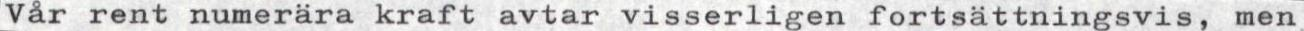
Vår rent numerära kraft avtar visserligen fortsättningsvis, men